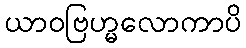
ယာဝဗြဟ္မလောကာပိ